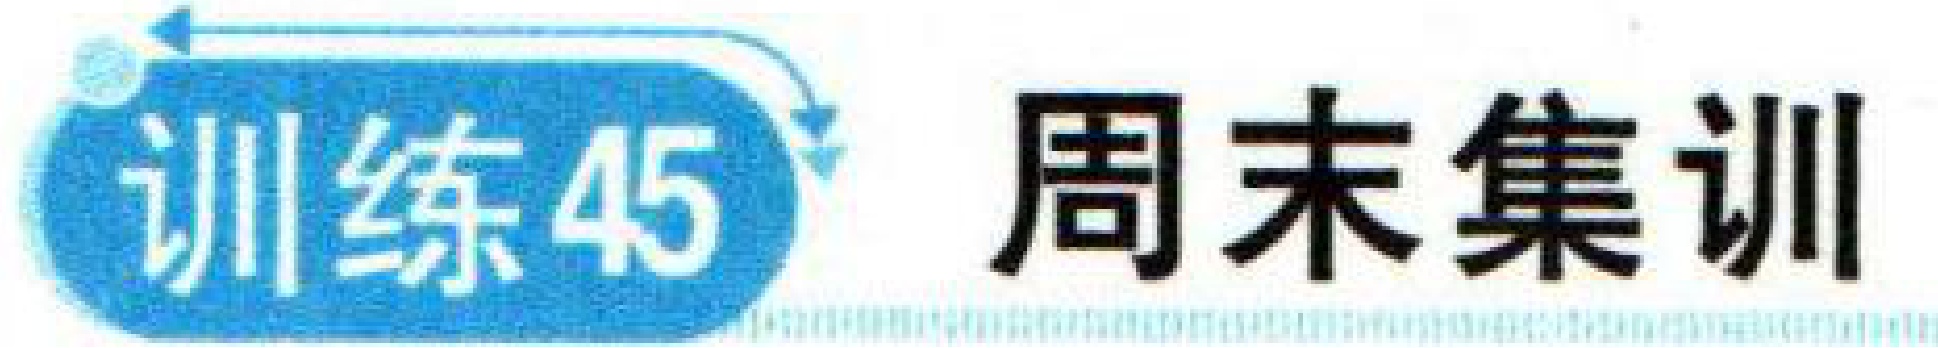
训练45 周末集训